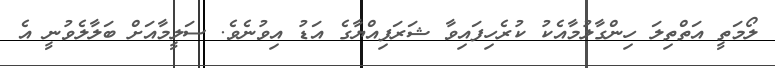
ލޯމަތީ އަތްތިލަ ހިންގާލުމާއެކު ކުރެހިފައިވާ ޝަރަފިއްޔާގެ އަޑު އިވުނެވެ. ސަލީމާއަށް ބަލާލެވުނީ އެ